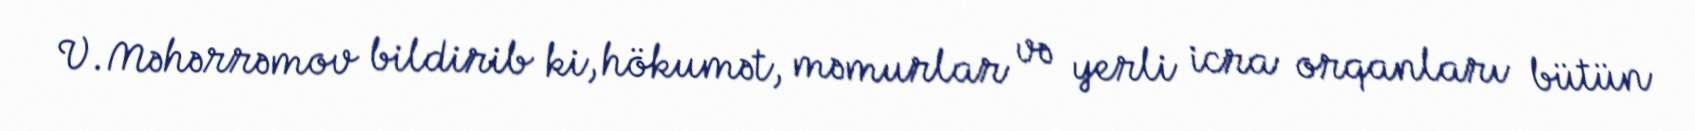
V.Məhərrəmov bildirib ki, hökumət, məmurlar və yerli icra orqanları bütün